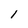
Character: 1